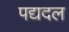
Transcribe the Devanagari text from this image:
पद्यदल